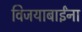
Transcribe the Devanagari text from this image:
विजयाबाईंना